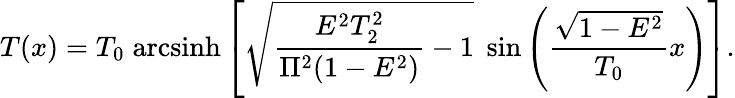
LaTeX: T(x)=T_{0}\; \mathrm{arcsinh}\left[\sqrt{\frac{E^{2}T_{2}^{2}}{\Pi^{2}(1-E^{2})}-1}\; \sin\left(\frac{\sqrt{1-E^{2}}}{T_{0}}x\right)\right].